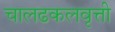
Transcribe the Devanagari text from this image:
चालढकलवृत्ती